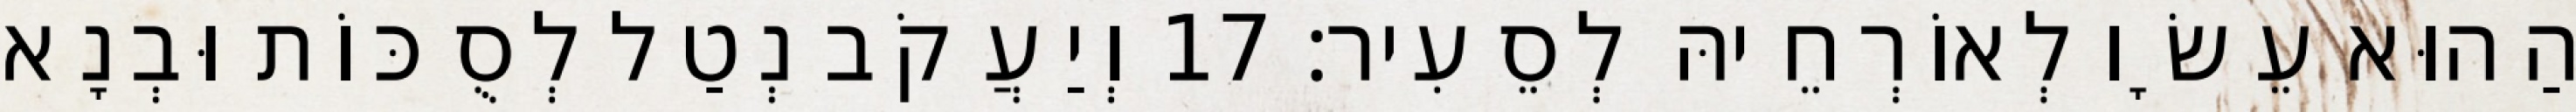
הַהוּא עֵשָׂו לְאוֹרְחֵיהּ לְסֵעִיר׃ 17 וְיַעֲקֹב נְטַל לְסֻכּוֹת וּבְנָא